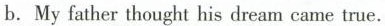
b.My father thought his drearn came true.